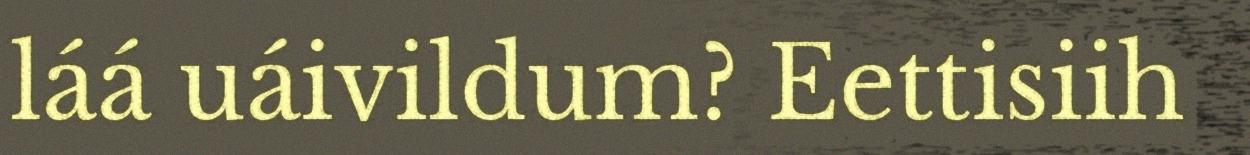
láá uáivildum? Eettisiih